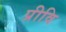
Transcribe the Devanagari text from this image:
प्रीवि